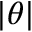
| \theta |